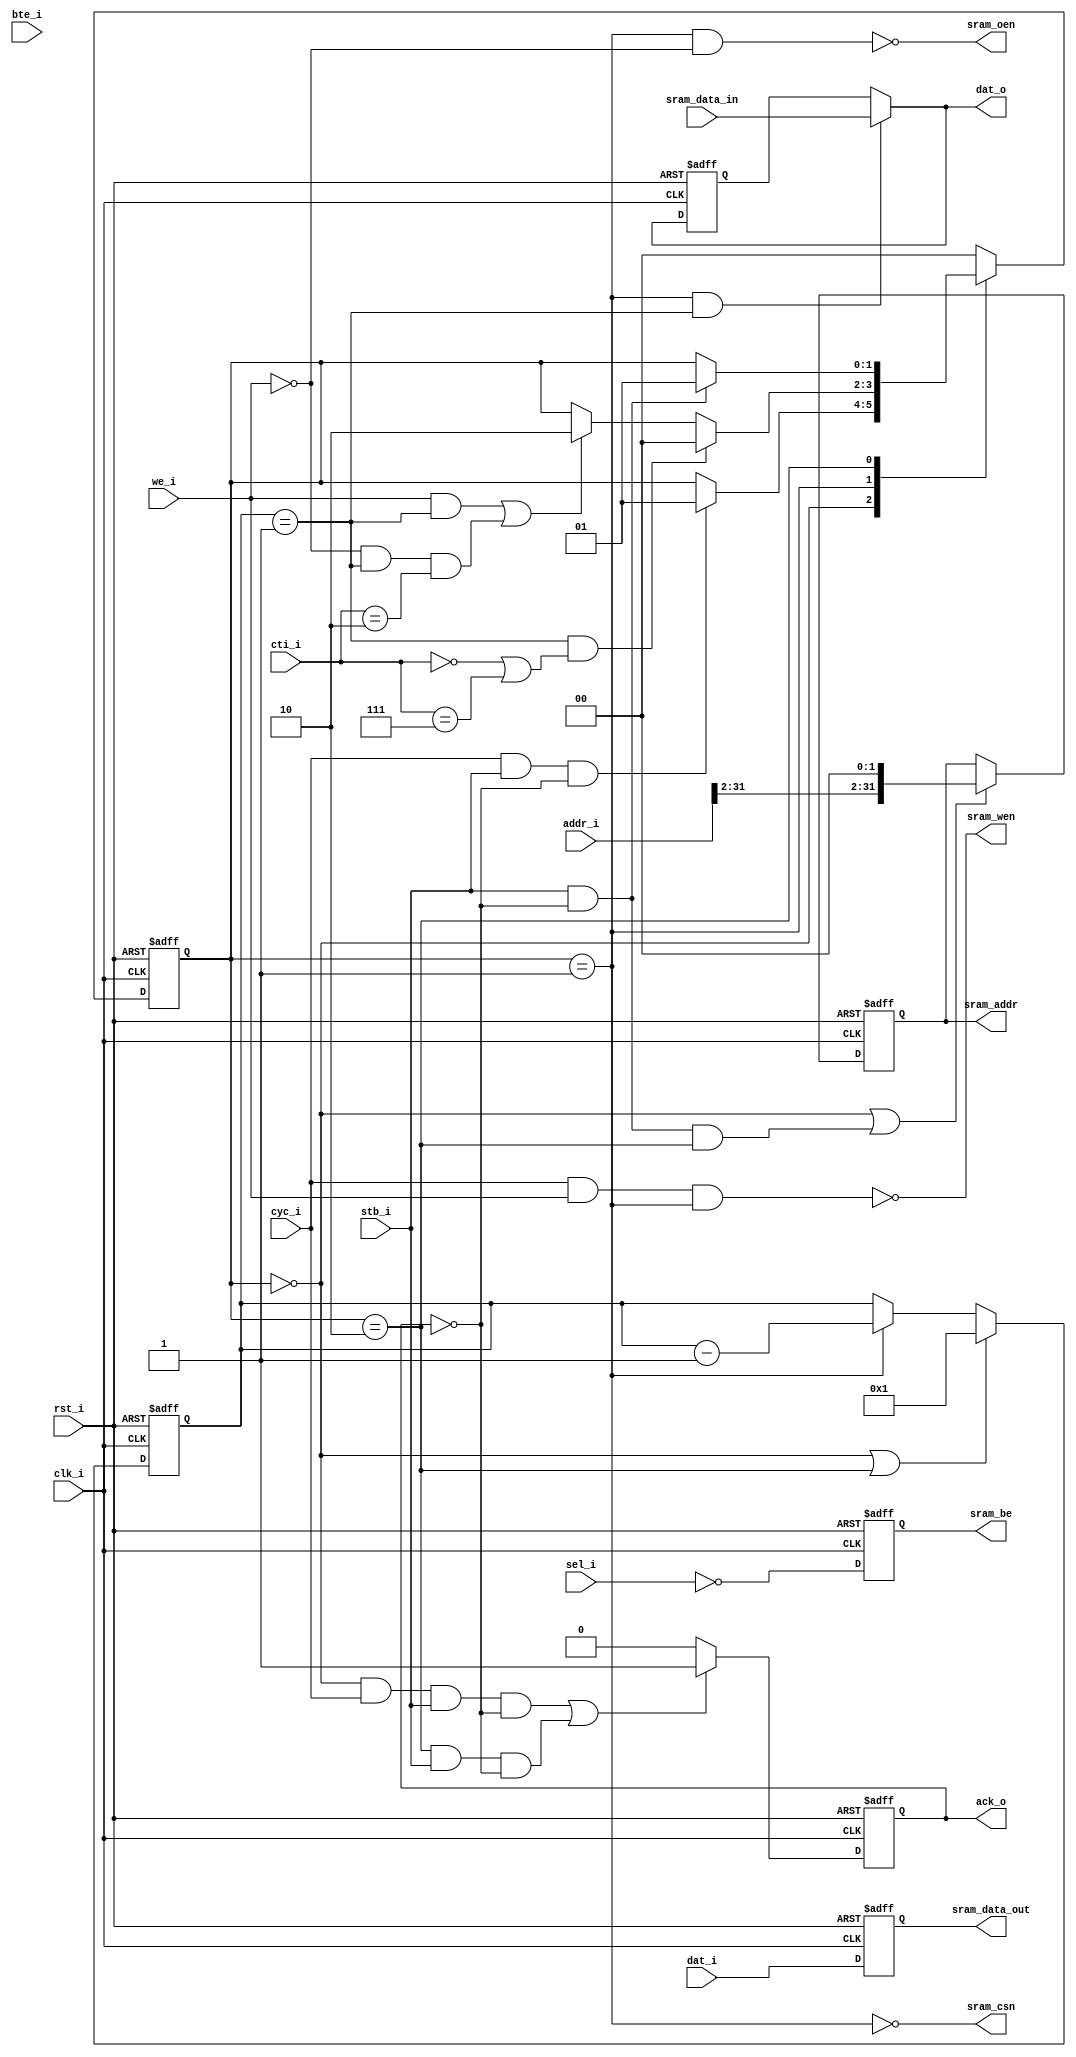
module asram_core
  #(parameter WB_DAT_WIDTH    = 32,
    parameter SRAM_DATA_WIDTH = 32,
    parameter SRAM_ADDR_WIDTH = 32,
    parameter SRAM_BE_WIDTH   = 4,
    parameter READ_LATENCY    = 1,
    parameter WRITE_LATENCY   = 1,
    parameter DATA_OUTPUT_REG = 0
    )
   (
    input clk_i,
    input rst_i,
    
    // WISHBONE
    input cyc_i,
    input stb_i,
    input [2:0] cti_i,
    input [1:0] bte_i,
    input [31:0] addr_i,
    input [WB_DAT_WIDTH-1:0] dat_i,
    input [WB_DAT_WIDTH/8-1:0] sel_i,
    input we_i,
    output reg ack_o,
    output [WB_DAT_WIDTH-1:0] dat_o,
    
    // SRAM
    output reg [SRAM_ADDR_WIDTH-1:0] sram_addr,
    output reg [SRAM_DATA_WIDTH-1:0] sram_data_out,
    output reg [SRAM_BE_WIDTH-1:0] sram_be,
    output reg sram_csn,
    output reg sram_oen,
    output reg sram_wen,
    input [SRAM_DATA_WIDTH-1:0] sram_data_in
    );
   
   wire [1:0]  cycle;
   
   reg [SRAM_ADDR_WIDTH-1:0] sram_addr_nxt;
   reg [SRAM_DATA_WIDTH-1:0] sram_data_out_nxt;
   reg [SRAM_BE_WIDTH-1:0]   sram_be_nxt;
   reg [WB_DAT_WIDTH-1:0]    tmp_dat_o, tmp_dat_o_nxt;
   reg 			     tmp_ack_o, tmp_ack_o_nxt;
   reg [3:0] 		     dly, dly_nxt, latency;
   reg [1:0] 		     acycle, cycle_counter, cycle_counter_nxt;
   
   reg [1:0] state, state_nxt;
   parameter SM_IDLE = 2'b00;
   parameter SM_BUSY = 2'b01;
   parameter SM_WAIT = 2'b10;
   
   always @(/*AUTOSENSE*/ack_o or cti_i or cyc_i or cycle or dly
	    or state or stb_i or we_i)
     casez (state)
       SM_IDLE:
	 if (cyc_i && stb_i && (ack_o == 1'b0))
	   state_nxt = SM_BUSY;
	 else
	   state_nxt = state;
       
       SM_BUSY:
	 if ((dly == 1) && (cycle == 0) && ((cti_i == 3'b000) || (cti_i == 3'b111)))
	   state_nxt = SM_IDLE;
	 else if ((we_i && (dly == 1))
		  || ((we_i == 0) && (dly == 1) && (cycle == 0) && (cti_i == 3'b010)))
	   state_nxt = SM_WAIT;
	 else
	   state_nxt = state;
       
       SM_WAIT:
	 if ((cycle != 0) || (stb_i && (ack_o == 1'b0)))
	   state_nxt = SM_BUSY;
	 else
	   state_nxt = state;
              
       default:
	 state_nxt = SM_IDLE;
     endcase
   
   /*----------------------------------------------------------------------
    Compute Delay (the time required to complete an SRAM access)
    ----------------------------------------------------------------------*/
   always @(/*AUTOSENSE*/cycle or dly or state or we_i)
     begin
	if ((state == SM_IDLE) || (state == SM_WAIT))
	  dly_nxt = we_i ? WRITE_LATENCY : READ_LATENCY;
	else if ((dly == 1) && (cycle > 0) && (we_i == 1'b0) && (state == SM_BUSY))
	  dly_nxt = READ_LATENCY;
	else if (state == SM_BUSY)
	  dly_nxt = dly - 1'b1;
	else
	  dly_nxt = dly;
     end
   
   /*----------------------------------------------------------------------
    Sequential logic
    ----------------------------------------------------------------------*/
   always @(posedge clk_i or posedge rst_i)
     if (rst_i) begin
	state <= #1 SM_IDLE;
	dly <= #1 4'b0000;
     end
     else begin
	state <= #1 state_nxt;
	dly <= #1 dly_nxt;
     end
      
   /*----------------------------------------------------------------------
    A WISHBONE access can result in multiple SRAM accesses depending on the
    size of WISHBONE and SRAM data busses.
    ----------------------------------------------------------------------*/
   generate
      
      if (WB_DAT_WIDTH <= SRAM_DATA_WIDTH) begin
	 
	 assign cycle = 2'b00;
	 
      end
      else begin
	 
	 if (SRAM_DATA_WIDTH == 8) begin
	    
	    always @(/*AUTOSENSE*/sel_i)
	      acycle = (((sel_i == 4'b0001) || (sel_i == 4'b0010) || (sel_i == 4'b0100) || (sel_i == 4'b1000))
			? 2'b00
			: (((sel_i == 4'b0011) || (sel_i == 4'b1100))
			   ? 2'b01
			   : 2'b11));
	    
	 end
	 else begin
	    
	    always @(/*AUTOSENSE*/sel_i)
	      acycle = (sel_i == 4'b1111) ? 2'b01 : 2'b00;
	    
	 end
	 
	 always @(/*AUTOSENSE*/ack_o or acycle or cycle
		  or cycle_counter or dly or state or stb_i or we_i)
	   if ((state == SM_IDLE) || ((state == SM_WAIT) && (cycle == 0) && stb_i && (ack_o == 1'b0)))
	     cycle_counter_nxt = acycle;
	   else if (((state == SM_WAIT) && (cycle != 0))
		    || ((state == SM_BUSY) && (we_i == 1'b0) && (dly == 1) && (cycle > 0)))
	     cycle_counter_nxt = cycle_counter - 1'b1;
	   else
	     cycle_counter_nxt = cycle_counter;
	 
	 always @(posedge clk_i or posedge rst_i)
	   if (rst_i)
	     cycle_counter <= #1 2'b00;
	   else
	     cycle_counter <= #1 cycle_counter_nxt;
	 
	 assign cycle = cycle_counter;
	 
      end
      
   endgenerate

   /*----------------------------------------------------------------------
    SRAM signals
    ----------------------------------------------------------------------*/
   always @(/*AUTOSENSE*/cyc_i or state or we_i)
     begin
	sram_csn = ~(state == SM_BUSY);
	sram_oen = ~((state == SM_BUSY) && ~we_i);
	sram_wen = ~(cyc_i && we_i && (state == SM_BUSY));
     end
   
   generate
      
      if (WB_DAT_WIDTH == 8) begin
	 
	 case (SRAM_DATA_WIDTH)
	   8: begin
	      
	      always @(/*AUTOSENSE*/addr_i or cyc_i or dat_i)
		begin
		   sram_addr_nxt = addr_i[SRAM_ADDR_WIDTH-1:0];
		   sram_be_nxt = ~cyc_i;
		   sram_data_out_nxt = dat_i;
		end
	      
	      always @(posedge clk_i or posedge rst_i)
		if (rst_i) begin
		   sram_addr <= #1 0;
		   sram_be <= #1 1'b1;
		   sram_data_out <= #1 8'b0;
		end
		else begin
		   sram_addr <= #1 sram_addr_nxt;
		   sram_be <= #1 sram_be_nxt;
		   sram_data_out <= #1 sram_data_out_nxt;
		end
	      
	   end
	   16: begin
	      
	      always @(/*AUTOSENSE*/addr_i or dat_i)
		begin
		   sram_addr_nxt = {addr_i[SRAM_ADDR_WIDTH-1:1], 1'b0};
		   sram_be_nxt = addr_i[0] ? 2'b10 : 2'b01;
		   sram_data_out_nxt = addr_i[0] ? {8'b0, dat_i} : {dat_i, 8'b0};
		end
	      
	      always @(posedge clk_i or posedge rst_i)
		if (rst_i) begin
		   sram_addr <= #1 0;
		   sram_be <= #1 2'b11;
		   sram_data_out <= #1 16'b0;
		end
		else begin
		   sram_addr <= #1 sram_addr_nxt;
		   sram_be <= #1 sram_be_nxt;
		   sram_data_out <= #1 sram_data_out_nxt;
		end
	      
	   end
	   default: begin
	      
	      always @(/*AUTOSENSE*/addr_i or dat_i)
		begin
		   sram_addr_nxt = {addr_i[SRAM_ADDR_WIDTH-1:2], 2'b00};
		   sram_be_nxt = ((addr_i[1:0] == 2'b00) 
				  ? 4'b0111
				  : ((addr_i[1:0] == 2'b01) 
				     ? 4'b1011
				     : ((addr_i[1:0] == 2'b10)
					? 4'b1101
					: 4'b1110)));
		   sram_data_out_nxt = ((addr_i[1:0] == 2'b00) 
					? {dat_i, 24'b0} 
					: ((addr_i[1:0] == 2'b01) 
					   ? {8'b0, dat_i, 16'b0} 
					   : ((addr_i[1:0] == 2'b10)
					      ? {16'b0, dat_i, 8'b0}
					      : {24'b0, dat_i})));
		end
	      
	      always @(posedge clk_i or posedge rst_i)
		if (rst_i) begin
		   sram_addr <= #1 0;
		   sram_be <= #1 4'b1111;
		   sram_data_out <= #1 32'b0;
		end
		else begin
		   sram_addr <= #1 sram_addr_nxt;
		   sram_be <= #1 sram_be_nxt;
		   sram_data_out <= #1 sram_data_out_nxt;
		end
	      
	   end
	 endcase
	 
      end
      else begin
	 
	 case (SRAM_DATA_WIDTH)
	   8: begin
	      
	      always @(/*AUTOSENSE*/ack_o or addr_i or cycle or dat_i
		       or dly or sel_i or sram_addr or sram_data_out
		       or state or stb_i or we_i)
		begin
		   if ((state == SM_IDLE)
		       || (stb_i && (ack_o == 1'b0) && (cycle == 0) && (state == SM_WAIT)))
		     sram_addr_nxt = addr_i[SRAM_ADDR_WIDTH-1:0];
		   else 
		     if (((state == SM_WAIT) && (cycle != 0))
			 || ((state == SM_BUSY) && (we_i == 1'b0) && (dly == 1) && (cycle != 0)))
		       if (sel_i == 4'b1111)
			 sram_addr_nxt = ((cycle == 3)
					  ? {addr_i[SRAM_ADDR_WIDTH-1:2], 2'b01}
					  : ((cycle == 2)
					     ? {addr_i[SRAM_ADDR_WIDTH-1:2], 2'b10}
					     : {addr_i[SRAM_ADDR_WIDTH-1:2], 2'b11}));
		       else 
			 sram_addr_nxt = {addr_i[SRAM_ADDR_WIDTH-1:1], 1'b1};
		     else
		       sram_addr_nxt = sram_addr;
		   
		   sram_be_nxt = 1'b0;
		   if ((sel_i == 4'b0001)
		       || (((sel_i == 4'b0011) || (sel_i == 4'b1111)) && (cycle == 1) && (state == SM_WAIT)))
		     sram_data_out_nxt = dat_i[7:0];
		   else if ((sel_i == 4'b0010)
			    || (stb_i && (ack_o == 1'b0) && (sel_i == 4'b0011) && ((state == SM_IDLE) || (state == SM_WAIT)))
			    || ((sel_i == 4'b1111) && (cycle == 2) && (state == SM_WAIT)))
		     sram_data_out_nxt = dat_i[15:8];
		   else if ((sel_i == 4'b0100)
			    || ((sel_i == 4'b1100) && (cycle == 1) && (state == SM_WAIT))
			    || ((sel_i == 4'b1111) && (cycle == 3) && (state == SM_WAIT)))
		     sram_data_out_nxt = dat_i[23:16];
		   else if ((sel_i == 4'b1000)
			    || (stb_i && (ack_o == 1'b0) && ((sel_i == 4'b1100) || (sel_i == 4'b1111)) && ((state == SM_IDLE) || ((cycle == 0) && (state == SM_WAIT)))))
		     sram_data_out_nxt = dat_i[31:24];
		   else
		     sram_data_out_nxt = sram_data_out;
		end
	      
	      always @(posedge clk_i or posedge rst_i)
		if (rst_i) begin
		   sram_addr <= #1 0;
		   sram_be <= #1 1'b1;
		   sram_data_out <= #1 8'b0;
		end
		else begin
		   sram_addr <= #1 sram_addr_nxt;
		   sram_be <= #1 sram_be_nxt;
		   sram_data_out <= #1 sram_data_out_nxt;
		end
	      
	   end
	   16: begin
	      
	      always @(/*AUTOSENSE*/ack_o or addr_i or cycle or dat_i
		       or dly or sel_i or sram_addr or sram_data_out
		       or state or stb_i or we_i)
		begin
		   if ((state == SM_IDLE)
		       || (stb_i && (ack_o == 1'b0) && (cycle == 0) && (state == SM_WAIT)))
		     sram_addr_nxt = {addr_i[SRAM_ADDR_WIDTH-1:1],1'b0};
		   else
		     if (((state == SM_WAIT) && (cycle == 1))
			 || ((state == SM_BUSY) && (we_i == 1'b0) && (dly == 1) && (cycle == 1)))
		       sram_addr_nxt = {addr_i[SRAM_ADDR_WIDTH-1:2], 2'b10};
		     else
		       sram_addr_nxt = sram_addr;
		   
		   if (sel_i == 4'b1111) begin
		      sram_be_nxt = 2'b00;
		      
		      if (stb_i 
			  && (ack_o == 1'b0) 
			  && ((state == SM_IDLE) 
			      || ((cycle == 0) && (state == SM_WAIT))))
			sram_data_out_nxt = dat_i[31:16];
		      else if ((cycle == 1) && (state == SM_WAIT))
			sram_data_out_nxt = dat_i[15:0];
		      else
			sram_data_out_nxt = sram_data_out;
		   end
		   else 
		     if (sel_i[1:0] == 2'b00) begin
			sram_be_nxt = ~sel_i[3:2];
			sram_data_out_nxt = dat_i[31:16];
		     end
		     else begin
			sram_be_nxt = ~sel_i[1:0];
			sram_data_out_nxt = dat_i[15:0];
		     end
		end
	      
	      always @(posedge clk_i or posedge rst_i)
		if (rst_i) begin
		   sram_addr <= #1 0;
		   sram_be <= #1 2'b11;
		   sram_data_out <= #1 16'b0;
		end
		else begin
		   sram_addr <= #1 sram_addr_nxt;
		   sram_be <= #1 sram_be_nxt;
		   sram_data_out <= #1 sram_data_out_nxt;
		end
	      
	   end
	   default: begin
	      
	      always @(/*AUTOSENSE*/ack_o or addr_i or dat_i or sel_i
		       or sram_addr or state or stb_i)
		begin
		   if ((state == SM_IDLE)
		       || (stb_i && (ack_o == 1'b0) && (state == SM_WAIT)))
		     sram_addr_nxt = {addr_i[SRAM_ADDR_WIDTH-1:2], 2'b00};
		   else
		     sram_addr_nxt = sram_addr;
		   
		   sram_be_nxt = ~sel_i;
		   sram_data_out_nxt = dat_i[31:0];
		end
	      
	      always @(posedge clk_i or posedge rst_i)
		if (rst_i) begin
		   sram_addr <= #1 0;
		   sram_be <= #1 4'b1111;
		   sram_data_out <= #1 32'b0;
		end
		else begin
		   sram_addr <= #1 sram_addr_nxt;
		   sram_be <= #1 sram_be_nxt;
		   sram_data_out <= #1 sram_data_out_nxt;
		end
	      
	   end
	 endcase
	 
      end
      
   endgenerate
      
   /*----------------------------------------------------------------------
    Return data on WISHBONE
    ----------------------------------------------------------------------*/
   generate
      
      if (WB_DAT_WIDTH == 8) begin
	 
	 case (SRAM_DATA_WIDTH)
	   8: begin
	      
	      always @(/*AUTOSENSE*/dly or sram_data_in or state
		       or tmp_dat_o)
		if ((state == SM_BUSY) && (dly == 1))
		  tmp_dat_o_nxt = sram_data_in;
		else
		  tmp_dat_o_nxt = tmp_dat_o;
	      
	   end
	   16: begin
	      
	      always @(/*AUTOSENSE*/addr_i or dly or sram_data_in
		       or state or tmp_dat_o)
		if ((state == SM_BUSY) && (dly == 1))
		  tmp_dat_o_nxt = addr_i[0] ? sram_data_in[7:0] : sram_data_in[15:8];
		else
		  tmp_dat_o_nxt = tmp_dat_o;
	      	      
	   end
	   default: begin
	      
	      always @(/*AUTOSENSE*/addr_i or dly or sram_data_in
		       or state)
		begin
		   if ((state == SM_BUSY) && (dly == 1))
		     casez (addr_i[1:0])
		       2'b00: tmp_dat_o_nxt = sram_data_in[31:24];
		       2'b01: tmp_dat_o_nxt = sram_data_in[23:16];
		       2'b10: tmp_dat_o_nxt = sram_data_in[15: 8];
		       2'b11: tmp_dat_o_nxt = sram_data_in[ 7: 0];
		       default:
			 tmp_dat_o_nxt = 8'b0;
		     endcase
		   else
		     tmp_dat_o_nxt = 8'b0;
		end
	      
	   end
	 endcase
	 
	 always @(posedge clk_i or posedge rst_i)
	   if (rst_i)
	     tmp_dat_o <= #1 8'b0;
	   else
	     tmp_dat_o <= #1 tmp_dat_o_nxt;
	 
	 if (DATA_OUTPUT_REG == 1) 
	   assign dat_o = tmp_dat_o;
	 else
	   assign dat_o = tmp_dat_o_nxt;
	 
      end
      else begin
	 
	 case (SRAM_DATA_WIDTH)
	   8: begin
	      	      
	      always @(/*AUTOSENSE*/cycle or dly or sel_i
		       or sram_data_in or state or tmp_dat_o)
		begin
		   if ((state == SM_BUSY) && (dly == 1))
		     if (sel_i == 4'b1111)
		       casez (cycle)
			 2'b11: tmp_dat_o_nxt = {                  sram_data_in, tmp_dat_o[23:0]};
			 2'b10: tmp_dat_o_nxt = {tmp_dat_o[31:24], sram_data_in, tmp_dat_o[15:0]};
			 2'b01: tmp_dat_o_nxt = {tmp_dat_o[31:16], sram_data_in, tmp_dat_o[ 7:0]};
			 2'b00: tmp_dat_o_nxt = {tmp_dat_o[31: 8], sram_data_in                 };
			 default: 
			   tmp_dat_o_nxt = 32'b0;
		       endcase
		     else if (sel_i == 4'b1100)
		       if (cycle == 2'b00)
			 tmp_dat_o_nxt = {tmp_dat_o[31:24], sram_data_in, 16'b0};
		       else
			 tmp_dat_o_nxt = {sram_data_in, tmp_dat_o[23:16], 16'b0};
		     else if (sel_i == 4'b0011)
		       if (cycle == 2'b00)
			 tmp_dat_o_nxt = {16'b0, tmp_dat_o[31:24], sram_data_in};
		       else
			 tmp_dat_o_nxt = {16'b0, sram_data_in, tmp_dat_o[23:16]};
		     else
		       casez (sel_i)
			 4'b0001: tmp_dat_o_nxt = {24'b0, sram_data_in       };
			 4'b0010: tmp_dat_o_nxt = {16'b0, sram_data_in,  8'b0};
			 4'b0100: tmp_dat_o_nxt = { 8'b0, sram_data_in, 16'b0};
			 4'b1000: tmp_dat_o_nxt = {       sram_data_in, 24'b0};
			 default:
			   tmp_dat_o_nxt = 32'b0;
		       endcase
		   else
		     tmp_dat_o_nxt = tmp_dat_o;
		end
	      
	   end
	   16: begin
	      
	      always @(/*AUTOSENSE*/cycle or dly or sel_i
		       or sram_data_in or state or tmp_dat_o)
		begin
		   if ((state == SM_BUSY) && (dly == 1))
		     if (sel_i == 4'b1111)
		       casez (cycle)
			 2'b01: tmp_dat_o_nxt = {                  sram_data_in, tmp_dat_o[15:0]};
			 2'b00: tmp_dat_o_nxt = {tmp_dat_o[31:16], sram_data_in                 };
			 default:
			   tmp_dat_o_nxt = 32'b0;
		       endcase
		     else if ((sel_i == 4'b1100) || (sel_i == 4'b1000) || (sel_i == 4'b0100))
		       tmp_dat_o_nxt = {sram_data_in, 16'b0};
		     else if ((sel_i == 4'b0011) || (sel_i == 4'b0010) || (sel_i == 4'b0001))
		       tmp_dat_o_nxt = {16'b0, sram_data_in};
		     else
		       tmp_dat_o_nxt = tmp_dat_o;
		end
	      
	   end
	   default: begin
	      
	      always @(/*AUTOSENSE*/dly or sram_data_in or state
		       or tmp_dat_o)
		if ((state == SM_BUSY) && (dly == 1))
		  tmp_dat_o_nxt = sram_data_in;
		else
		  tmp_dat_o_nxt = tmp_dat_o;
	      
	   end
	 endcase
	 
	 always @(posedge clk_i or posedge rst_i)
	   if (rst_i)
	     tmp_dat_o <= #1 32'b0;
	   else
	     tmp_dat_o <= #1 tmp_dat_o_nxt;
	 
	 if (DATA_OUTPUT_REG == 1) 
	   assign dat_o = tmp_dat_o;
	 else
	   assign dat_o = tmp_dat_o_nxt;
	 
      end
      
   endgenerate
      
   
   /*----------------------------------------------------------------------
    WISHBONE ACK
    ----------------------------------------------------------------------*/
   always @(/*AUTOSENSE*/we_i)
     latency = we_i ? WRITE_LATENCY : READ_LATENCY;
   
   generate
      
      if (WB_DAT_WIDTH <= SRAM_DATA_WIDTH) begin
	 
	 always @(/*AUTOSENSE*/ack_o or cyc_i or dly or latency
		  or state or stb_i)
	   begin
	      if (((latency == 1)
		   && (((state == SM_IDLE) && cyc_i && stb_i && (ack_o == 1'b0))
		       || ((state == SM_WAIT) && stb_i && (ack_o == 1'b0))))
		  || ((latency > 1) && (dly == 2) && (state == SM_BUSY)))
		tmp_ack_o_nxt = 1'b1;
	      else
		tmp_ack_o_nxt = 1'b0;
	      
	   end
	 
      end
      else begin
	 
	 always @(/*AUTOSENSE*/ack_o or acycle or cyc_i or cycle
		  or dly or latency or state or stb_i or we_i)
	   begin
	      if (((latency > 1) 
		   && (dly == 2) && (cycle == 0) && (state == SM_BUSY))
		  || ((latency == 1)
		      && (acycle == 0)
		      && cyc_i && stb_i && (ack_o == 1'b0) 
		      && ((state == SM_IDLE) || (state == SM_WAIT)))
		  || ((latency == 1) 
		      && (acycle > 0) 
		      && (cycle == 1) 
		      && (((state == SM_WAIT) && we_i )
			  || ((state == SM_BUSY) && (we_i == 1'b0)))))
		tmp_ack_o_nxt = 1'b1;
	      else
		tmp_ack_o_nxt = 1'b0;
	   end
	 
      end
      
      always @(posedge clk_i or posedge rst_i)
	if (rst_i)
	  tmp_ack_o <= #1 1'b0;
	else
	  tmp_ack_o <= #1 tmp_ack_o_nxt;
      
      if (DATA_OUTPUT_REG == 1) begin
	 
	 reg tmp_ack_o_d;
	 always @(posedge clk_i or posedge rst_i)
	   if (rst_i)
	     tmp_ack_o_d <= #1 1'b0;
	   else
	     tmp_ack_o_d <= #1 tmp_ack_o;
	 
	 always @(/*AUTOSENSE*/tmp_ack_o or tmp_ack_o_d or we_i)
	   ack_o = we_i ? tmp_ack_o : tmp_ack_o_d;
	 
      end
      else begin
	 
	 always @(/*AUTOSENSE*/tmp_ack_o)
	   ack_o = tmp_ack_o;
	 
      end
      
   endgenerate
   
endmodule